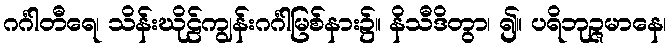
ဂင်္ဂါတီရေ၊ သိန်းဃိုဠ်ကျွန်းဂင်္ဂါမြစ်နား၌။ နိသီဒိတွာ၊ ၍။ ပရိဘုဉ္ဇမာနေ၊